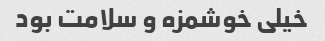
خیلی خوشمزه و سلامت بود